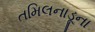
તમિલનાડૂના